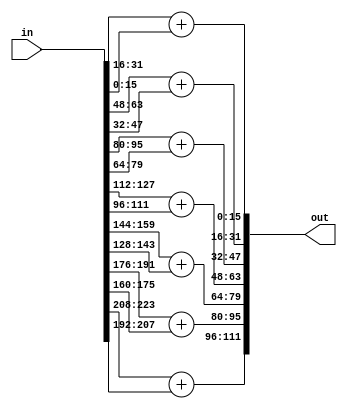

`timescale 1ns /1ns

module adder_tree14(in, out);

input signed [14 * 16 - 1 : 0] in;
output signed [7 * 16 - 1 : 0] out;

genvar i;
generate
    for ( i = 0; i < 7 ; i = i + 1) begin
        assign out[16 * i +: 16] = in[16 * (2*i + 1) +: 16] + in[16 * (2*i) +: 16];
    end
endgenerate
endmodule